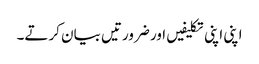
اپنی اپنی تکلیفیں اور ضرورتیں بیان کرتے۔